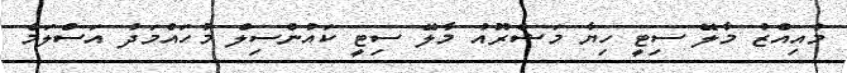
މުއިއްޒު މާލޭ ސިޓީ ހިޔާ މަޝްރޫއު މާލޭ ސިޓީ ކައުންސިލް މުހައްމަދު އަސްލަމް